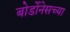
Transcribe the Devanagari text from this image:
बोर्डोनेसच्या